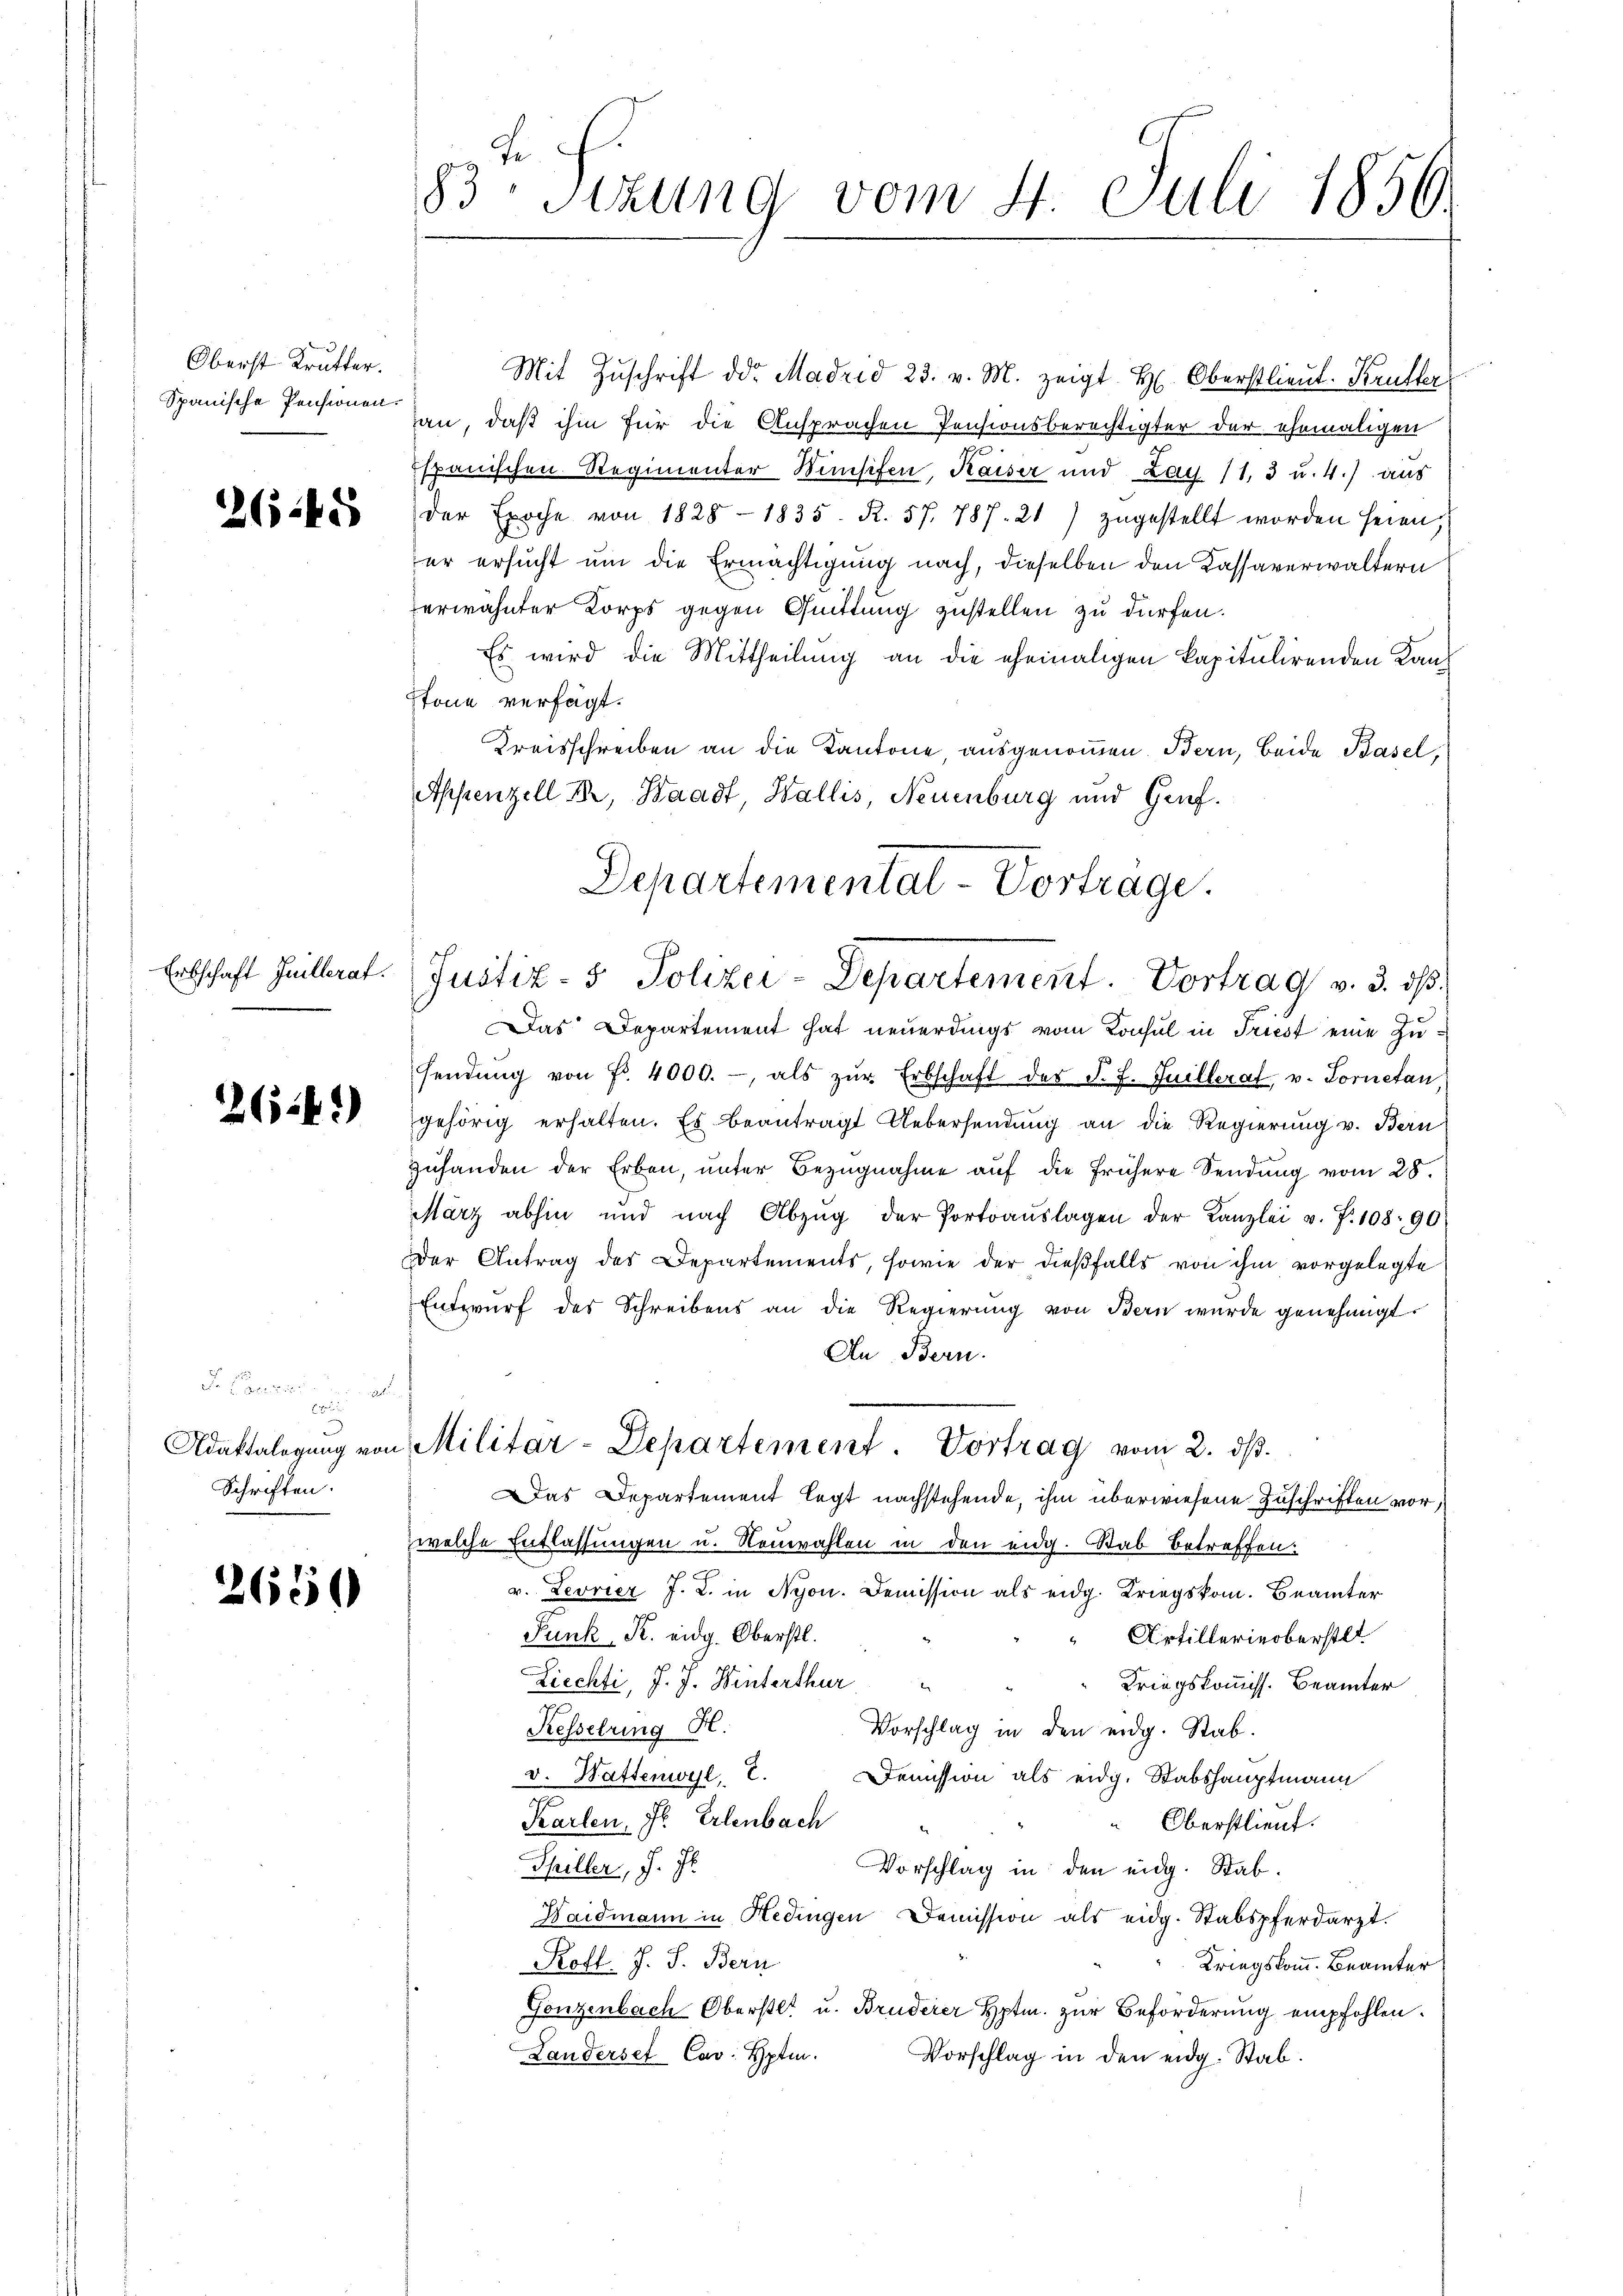
Oberst Krutter.
Spanische Pensionen.

2645

Erbschaft Guillerat

263 f.)

Schriften.

2650

Mit Zŭschrift der Madrid 23. v. M. zeigt H. Oberstlieut. Kruller
an, daß ihm für die Ansprachen Pensionsberechtigter der ehemaligen
Espanischen Regimenter Wünsifen, Kaiser und Lag. 11, 3 u. 4.) aus
der Epoche von 1828 - 1835. R. 57. 787. 21) zugestellt worden seien,
er ersucht um die Ermächtigung nach, dieselben den Kassaverwaltern
erwähnter Korps gegen Quittung zustellen zu dürfen.
Es wird die Mittheilung an die ehemaligen kapitulirenden Kanstone verfügt:
Kreisschreiben an die Kantone, ausgenommen. Bern, beide Basel,
Appenzell I., Waadt, Wallis, Neuenburg und Hanf¬

83 Sitzung vom 4. Juli 1856.

Departementat-Vortrage.
2
Justiz- & Polizei-Departement. Vortrag v. 3. ds.

Adattalegŭng von Militar-Departement. Vortrag vom 2. dβ.

Das Departement hat neuerdings vom Konsul in Triest eine Zusendŭng von Fr. 4000.- als zŭr Erbschaft des J. J. Guillerat, v. Fornetan
gehörig erhalten. Es beantragt Uebersendung an die Regierung v. Bern
zŭfanden der Erben, ŭnter Bezŭgnahme aŭf die frühere Sendung vom 28.
März abhin und nach Abzŭg der Portoauslagen der Kanzlei v. P. 108: 90
Der Antrag des Departements, sowie der dießfalls von ihm vorgelegte
Entwurf des Schreibens an die Regierung von Bern wurde genehmigt.
An Bern.
Das Departement legt nachstehende, ihm überwiesene Zuschriften vor,
zwelche Entlassungen u. Neuwahlen in den eidg. Stab betreffen.
v. Levrier J. L. in Nyon. Demission als eidg. Kriegskom. Beamter
Punk, R. eidg. Oberstl.
“ Artillerinoberstlt
Ziechti, J. J. Hinterthur
Kriegskommiss. Beamter
Kesselring H.
Vorschlag in den eidg. Stab.
v. Hattenwyl, E.
Demission als eidg. Stabshauptmann
Karlen. Fr. Erlenbach
Oberstlieut.
Spiller, J. J.
Vorschlag in den eidg. Stab¬
Haidmann in Hedingen Demission als eidg. Stabspferdarzt.
Rofl. J. S. Bern
Kriegskomm. Beamter
Gonzenbach Oberstl. u. Bruderer Hptm. zur Beförderung empfohlen.
Landerset Cav: Hptm.
Vorschlag in den eidg. Stab.